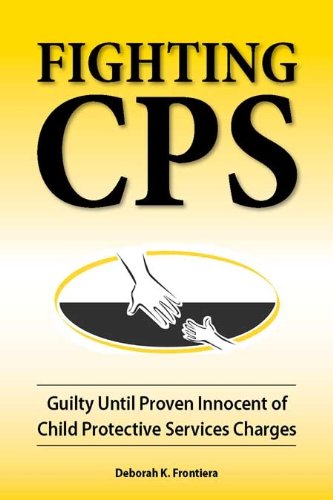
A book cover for Fighting CPS: Guilty Until Proven Innocent of Child Protective Services Charges; Deborah K. Frontiera; Law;